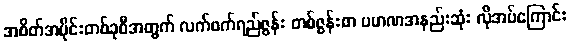
အစိတ်အပိုင်းတစ်ခုစီအတွက် လက်ဖက်ရည်ဇွန်း တစ်ဇွန်းစာ ပမာဏအနည်းဆုံး လိုအပ်ကြောင်း